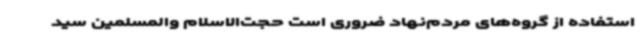
استفاده از گروه‌های مردم‌نهاد ضروری است حجت‌الاسلام والمسلمین سید